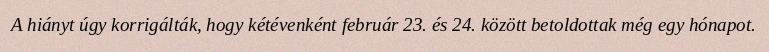
A hiányt úgy korrigálták, hogy kétévenként február 23. és 24. között betoldottak még egy hónapot.